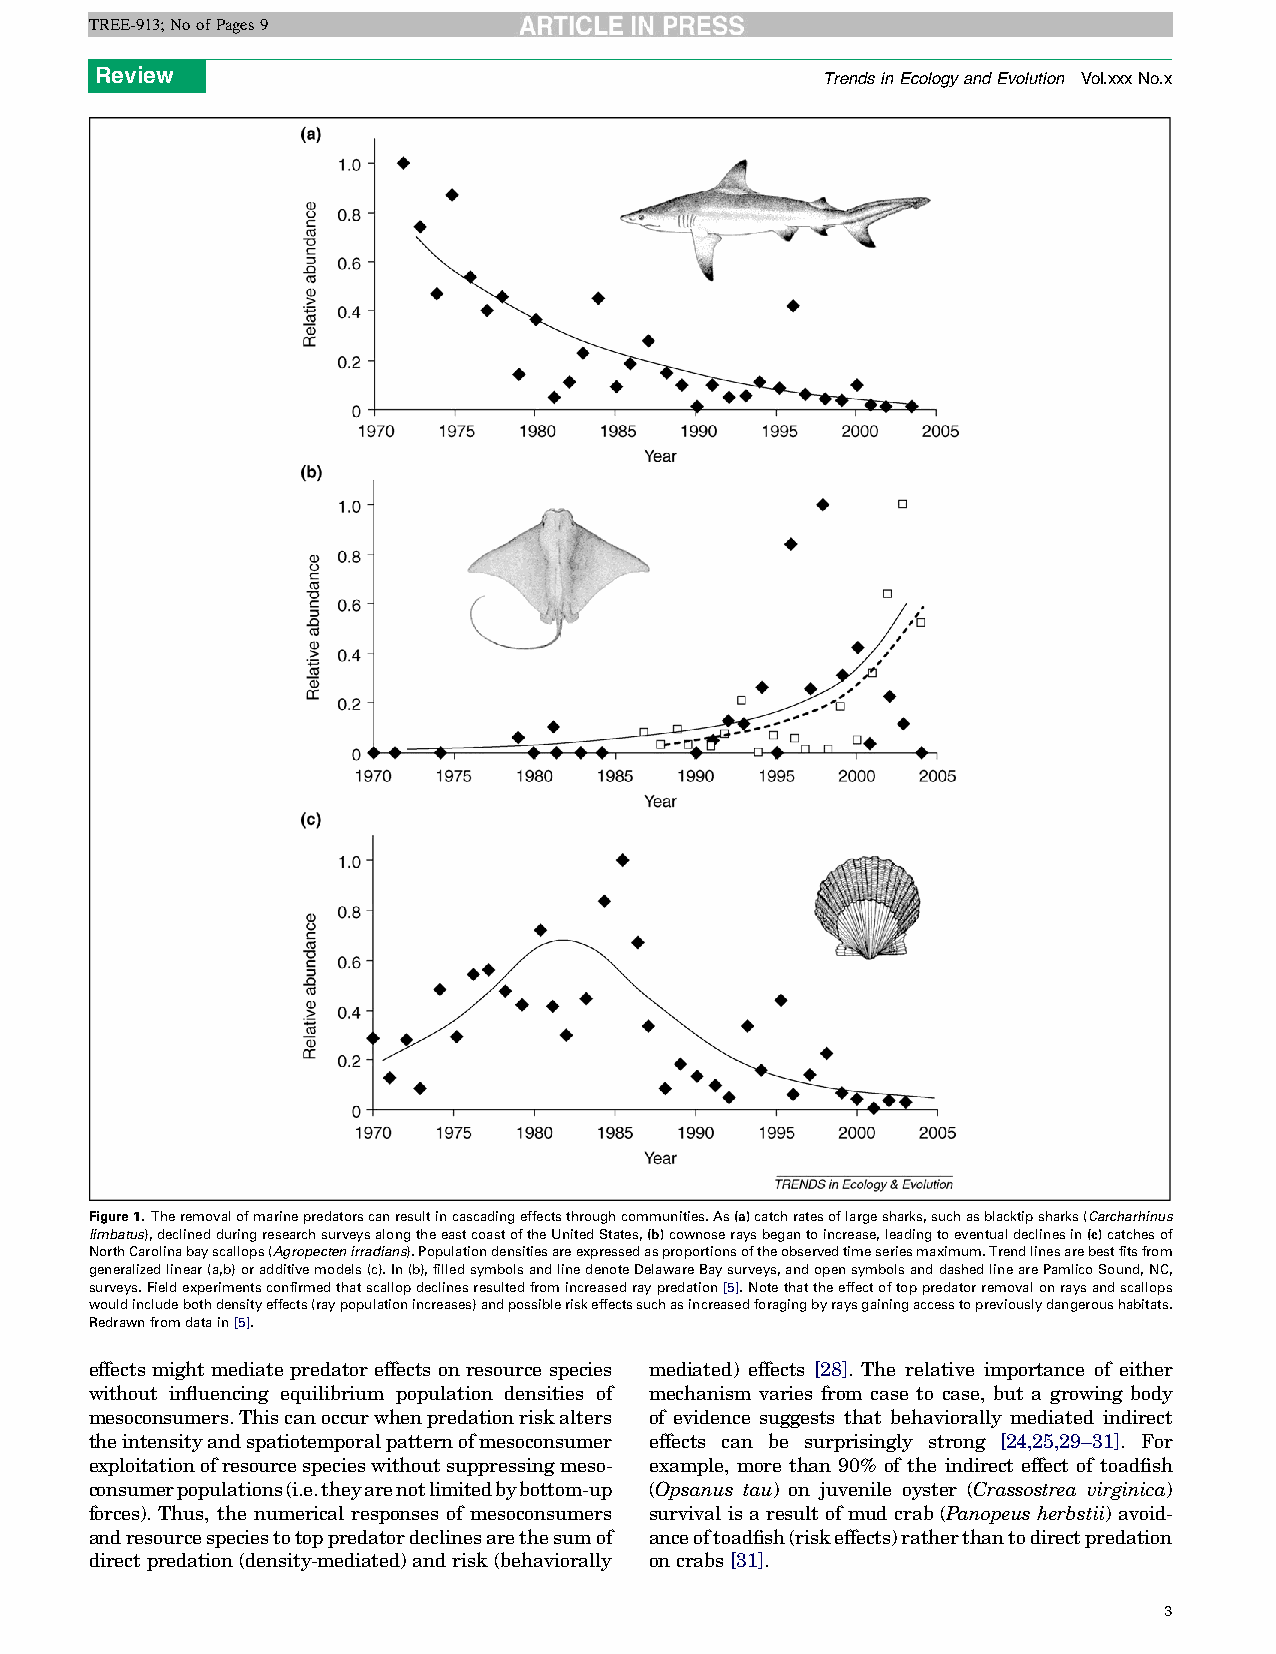
TREE-913;NoofPages9
 Review
 TrendsinEcologyandEvolution Vol.xxxNo.x
 Figure1. Theremovalofmarinepredatorscanresultincascadingeffectsthroughcommunities.As(a)catchratesoflargesharks,suchasblacktipsharks(Carcharhinus
 limbatus),declinedduringresearchsurveysalongtheeastcoastoftheUnitedStates,(b)cownoseraysbegantoincrease,leadingtoeventualdeclinesin(c)catchesof
 NorthCarolinabayscallops(Agropectenirradians).Populationdensitiesareexpressedasproportionsoftheobservedtimeseriesmaximum.Trendlinesarebestfitsfrom
 generalizedlinear(a,b)oradditivemodels(c).In(b),filledsymbolsandlinedenoteDelawareBaysurveys,andopensymbolsanddashedlinearePamlicoSound,NC,
 surveys.Fieldexperimentsconfirmedthatscallopdeclinesresultedfromincreasedraypredation[5].Notethattheeffectoftoppredatorremovalonraysandscallops
 wouldincludebothdensityeffects(raypopulationincreases)andpossibleriskeffectssuchasincreasedforagingbyraysgainingaccesstopreviouslydangeroushabitats.
 Redrawnfromdatain[5].
 effects might mediate predator effects on resource species mediated) effects [28]. The relative importance of either
 without influencing equilibrium population densities of mechanism varies from case to case, but a growing body
 mesoconsumers.Thiscanoccurwhenpredationriskalters of evidence suggests that behaviorally mediated indirect
 theintensityandspatiotemporalpatternofmesoconsumer effects can be surprisingly strong [24,25,29–31]. For
 exploitationofresourcespecieswithoutsuppressingmeso- example, more than 90% of the indirect effect of toadfish
 consumerpopulations(i.e.theyarenotlimitedbybottom-up (Opsanus tau) on juvenile oyster (Crassostrea virginica)
 forces). Thus, the numerical responses of mesoconsumers survival isa resultofmud crab(Panopeus herbstii) avoid-
 andresourcespeciestotoppredatordeclinesarethesumof anceoftoadfish(riskeffects)ratherthantodirectpredation
 direct predation(density-mediated) and risk(behaviorally oncrabs[31].
 3